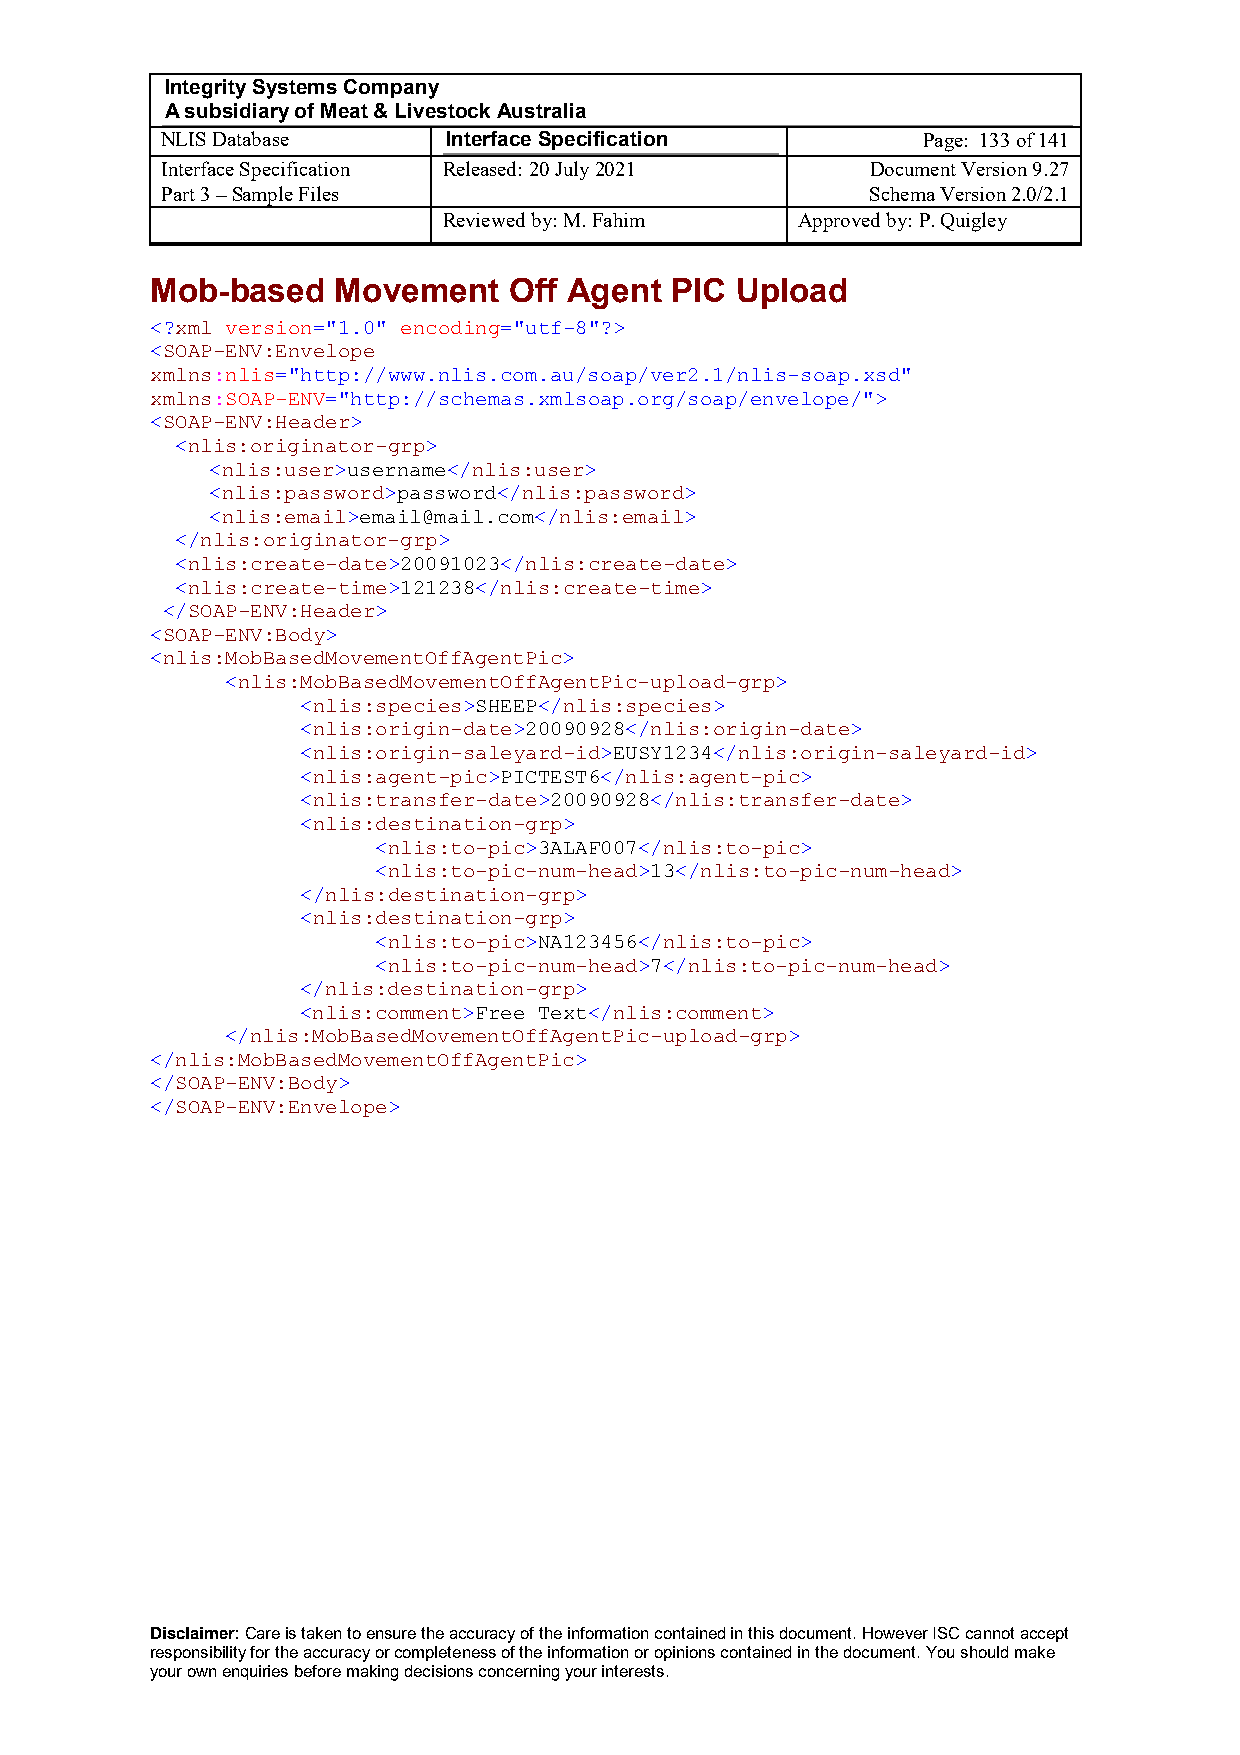
Integrity Systems Company
 A subsidiary of Meat & Livestock Australia
 NLIS Database      Interface Specification        Page: 133 of 141
 Interface Specification Released: 20 July 2021 Document Version 9.27
 Part 3 – Sample Files                          Schema Version 2.0/2.1
 Reviewed by: M. Fahim   Approved by: P. Quigley
 Mob-based   Movement    Off Agent PIC  Upload
 <?xml version="1.0" encoding="utf-8"?>
 <SOAP-ENV:Envelope
 xmlns:nlis="http://www.nlis.com.au/soap/ver2.1/nlis-soap.xsd"
 xmlns:SOAP-ENV="http://schemas.xmlsoap.org/soap/envelope/">
 <SOAP-ENV:Header>
 <nlis:originator-grp>
 <nlis:user>username</nlis:user>
 <nlis:password>password</nlis:password>
 <nlis:email>email@mail.com</nlis:email>
 </nlis:originator-grp>
 <nlis:create-date>20091023</nlis:create-date>
 <nlis:create-time>121238</nlis:create-time>
 </SOAP-ENV:Header>
 <SOAP-ENV:Body>
 <nlis:MobBasedMovementOffAgentPic>
 <nlis:MobBasedMovementOffAgentPic-upload-grp>
 <nlis:species>SHEEP</nlis:species>
 <nlis:origin-date>20090928</nlis:origin-date>
 <nlis:origin-saleyard-id>EUSY1234</nlis:origin-saleyard-id>
 <nlis:agent-pic>PICTEST6</nlis:agent-pic>
 <nlis:transfer-date>20090928</nlis:transfer-date>
 <nlis:destination-grp>
 <nlis:to-pic>3ALAF007</nlis:to-pic>
 <nlis:to-pic-num-head>13</nlis:to-pic-num-head>
 </nlis:destination-grp>
 <nlis:destination-grp>
 <nlis:to-pic>NA123456</nlis:to-pic>
 <nlis:to-pic-num-head>7</nlis:to-pic-num-head>
 </nlis:destination-grp>
 <nlis:comment>Free Text</nlis:comment>
 </nlis:MobBasedMovementOffAgentPic-upload-grp>
 </nlis:MobBasedMovementOffAgentPic>
 </SOAP-ENV:Body>
 </SOAP-ENV:Envelope>
 Disclaimer: Care is taken to ensure the accuracy of the information contained in this document. However ISC cannot accept
 responsibility for the accuracy or completeness of the information or opinions contained in the document. You should make
 your own enquiries before making decisions concerning your interests.